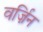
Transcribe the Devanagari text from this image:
वर्ज़िन